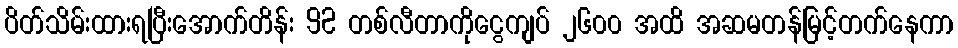
ပိတ်သိမ်းထားရပြီးအောက်တိန်း 92 တစ်လီတာကိုငွေကျပ် ၂၆၀၀ အထိ အဆမတန်မြင့်တက်နေကာ